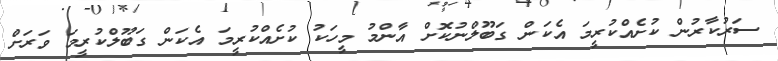
ސަރުކާރުން ކުށެއްކުރީމަ އެކަން ގަބޫލްނުކޮށް އާންމު މީހަކު ކުށެއްކުރީމަ އެކަން ގަބޫލްކުރީމަ ވަރަށް